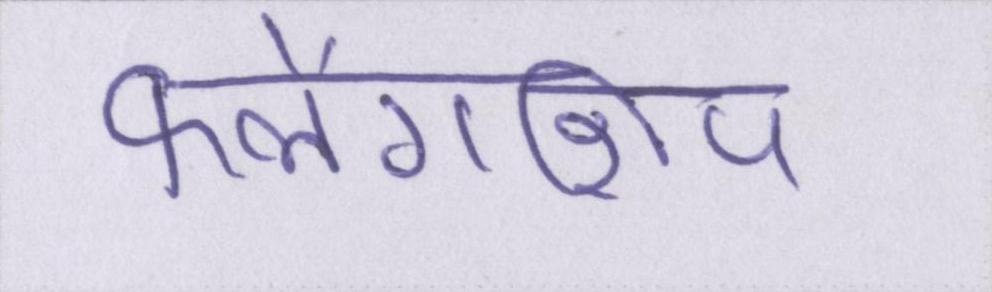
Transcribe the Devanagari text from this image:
फ्लैगशिप